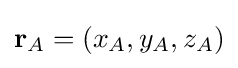
\mathbf {r} _{A}=\left(x_{A},y_{A},z_{A}\right)